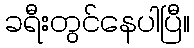
ခရီးတွင်နေပါပြီ။